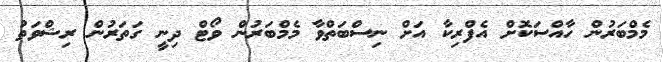
މެމްބަރުން ހާއްސަކޮށް އެފްރިކާ އަށް ނިސްބަތްވާ މެމްބަރުން ވޯޓް ދިނީ ގަތަރުން ރިޝްވަތު